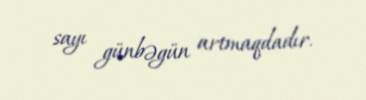
sayı günbəgün artmaqdadır.